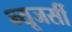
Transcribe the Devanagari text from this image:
न्‍यूजर्सी